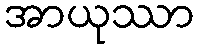
အာယုဿာ